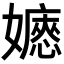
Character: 𡣇